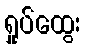
ရှုပ်ထွေး